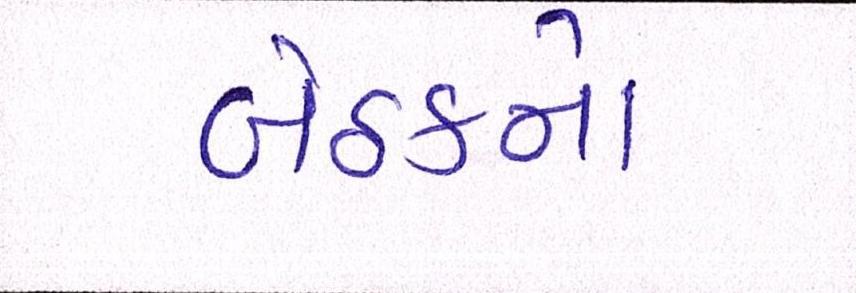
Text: બેઠકને